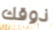
ذوقك